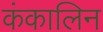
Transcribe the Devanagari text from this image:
कंकालिन